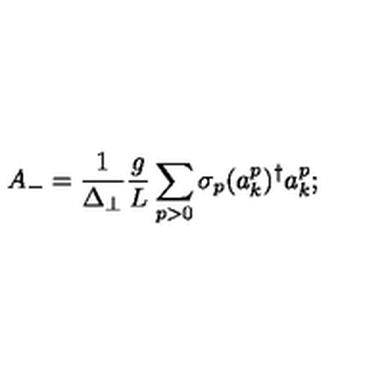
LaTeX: A _ { - } = \frac { 1 } { \Delta _ { \perp } } \frac { g } { L } \sum _ { p > 0 } \sigma _ { p } ( a _ { k } ^ { p } ) ^ { \dagger } a _ { k } ^ { p } ;